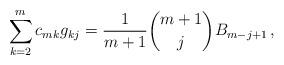
LaTeX: \begin{align*}\sum_{k=2}^m c_{mk} g_{kj} = \frac{1}{m+1} {m+1\choose j} B_{m-j+1}\,,\end{align*}